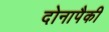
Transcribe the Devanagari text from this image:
दोनापैकी